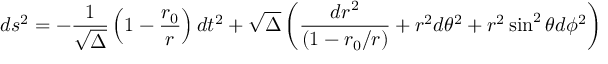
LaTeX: d s ^ { 2 } = - { \frac { 1 } { \sqrt \Delta } } \left( 1 - { \frac { r _ { 0 } } { r } } \right) d t ^ { 2 } + \sqrt \Delta \left( { \frac { d r ^ { 2 } } { ( 1 - r _ { 0 } / r ) } } + r ^ { 2 } d \theta ^ { 2 } + r ^ { 2 } \sin ^ { 2 } \theta d \phi ^ { 2 } \right)